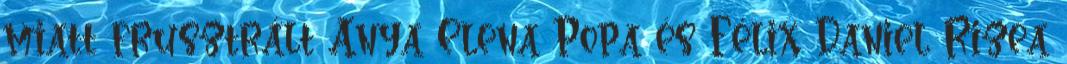
miatt frusztrált Anya Elena Popa és Félix Daniel Rizea